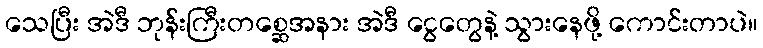
သေပြီး အဲဒီ ဘုန်းကြီးတစ္ဆေအနား အဲဒီ ငွေတွေနဲ့ သွားနေဖို့ ကောင်းတာပဲ။